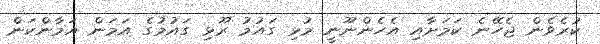
ކުރެވެން ޖެހޭނެ ކަމަށާއި އެހެންނޫނީ މުޅި ގައުމު ރޫޅި ގައުމުގެ އަމަން އަމާންކަން